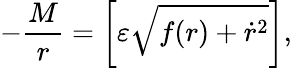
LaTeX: -\frac{M}{r}=\left[\varepsilon\sqrt{f(r)+\dot{r}^{2}}\right],